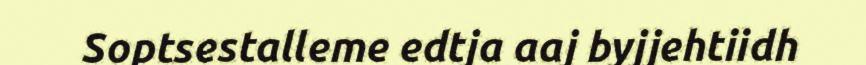
Soptsestalleme edtja aaj byjjehtiidh